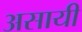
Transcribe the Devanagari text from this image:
असायी